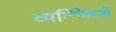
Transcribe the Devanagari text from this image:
व्यतिरेकाचे